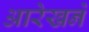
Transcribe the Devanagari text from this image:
आरेखने